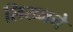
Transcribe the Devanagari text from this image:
लिख्नने